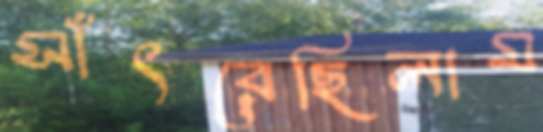
সাঁৎরেছিলাম